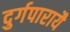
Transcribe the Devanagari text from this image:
दुर्गपारायै